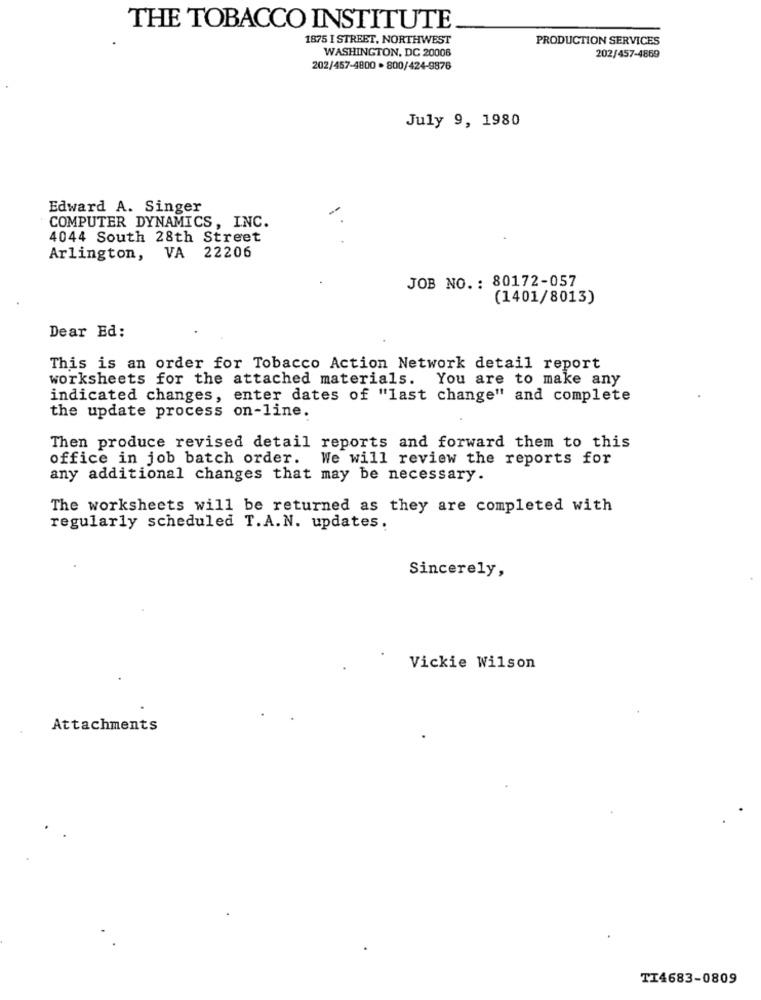
THE TOBACCO INSTITUTE
1875 I STREET, NORTHWEST
PRODUCTION SERVICES
WASHINGTON, DC 20006
202/457-4859
202/457-4800 . 800/424-9876
July 9, 1980
Edward A. Singer
COMPUTER DYNAMICS, INC.
4044 South 28th Street
Arlington,
VA 22206
JOB NO .: 80172-057
(1401/8013)
Dear Ed:
This is an order for Tobacco Action Network detail report
worksheets for the attached materials. You are to make any
indicated changes, enter dates of "last change" and complete
the update process on-line.
Then produce revised detail reports and forward them to this
office in job batch order. We will review the reports for
any additional changes that may be necessary.
The worksheets will be returned as they are completed with
regularly scheduled T.A.N. updates.
Sincerely,
Vickie Wilson
Attachments
TI4683-0809